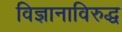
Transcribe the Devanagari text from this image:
विज्ञानाविरुद्ध